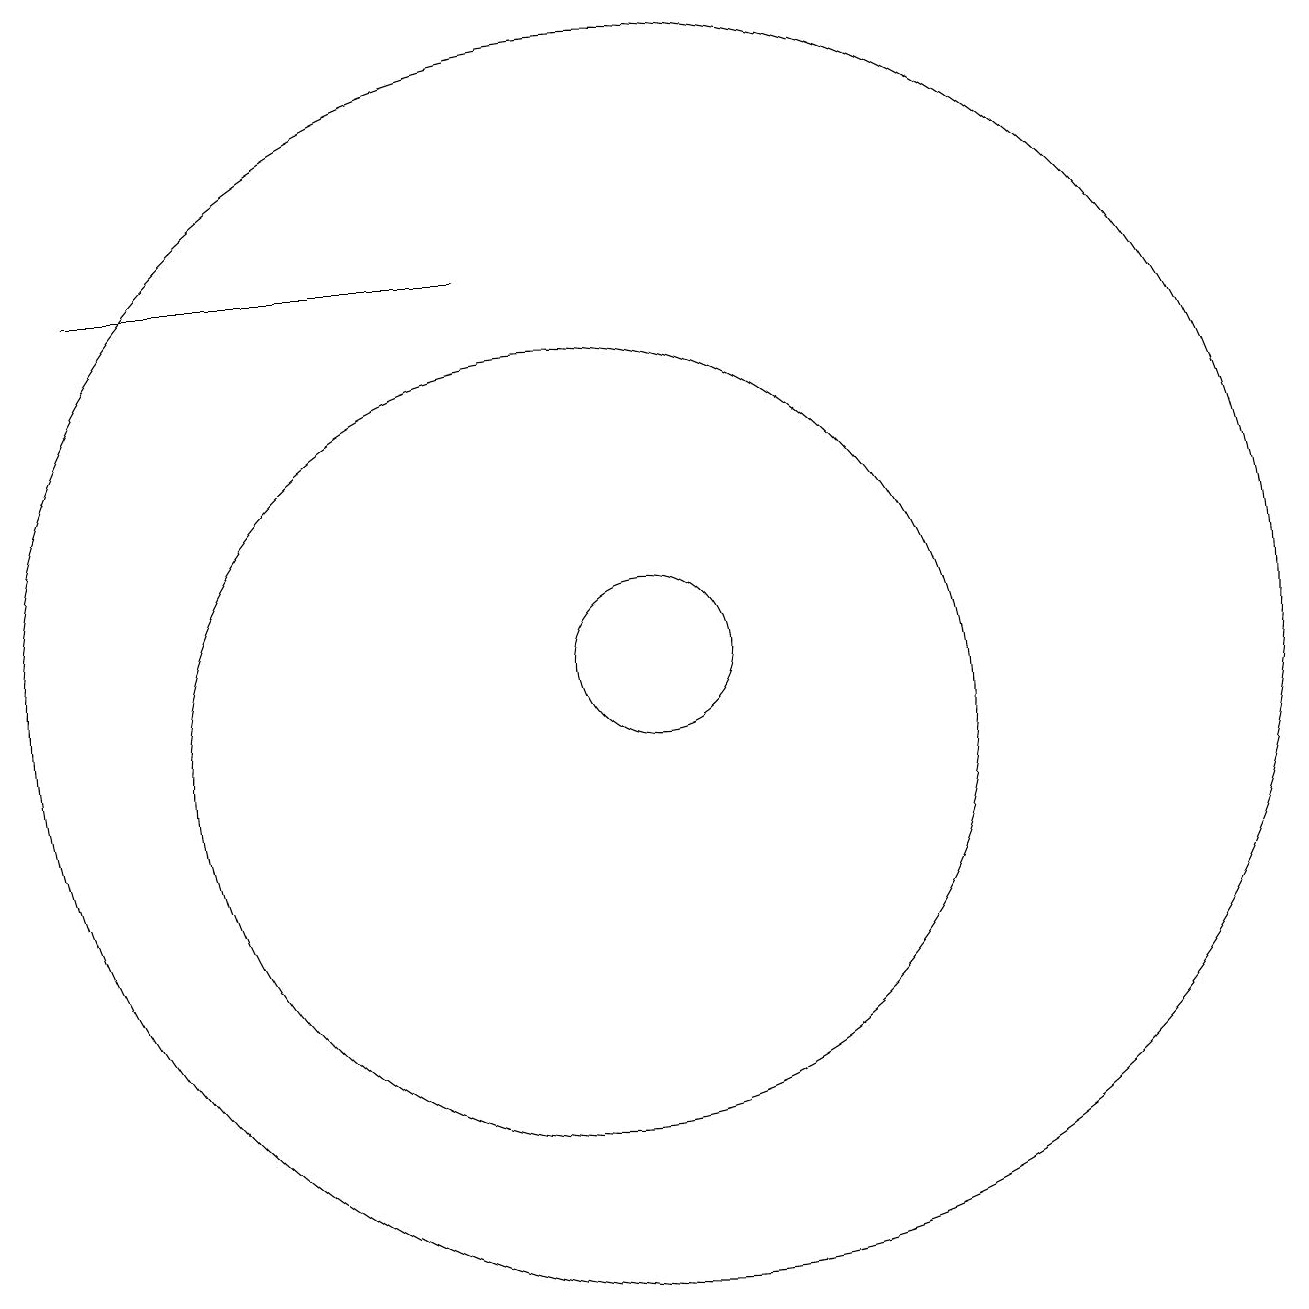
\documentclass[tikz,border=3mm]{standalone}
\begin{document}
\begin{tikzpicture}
\draw (10,10) circle (5);
\draw (11,11) circle (1);
\draw (11,11) circle (8);
\draw (9,16) rectangle (4,16);
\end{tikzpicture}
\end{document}